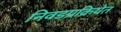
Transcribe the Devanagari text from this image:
निवडप्रक्रियेत